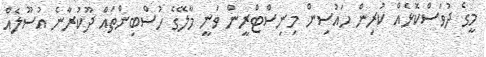
މީގެ ދުވަސްކޮޅެއް ކުރިން ހައުސިން މިނިސްޓްރީން ވަނީ މާލޭގެ ހުސްބިންތައް ދޫކުރާނެ އުސޫލެއް